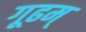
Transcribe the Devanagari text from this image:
गूढम्